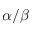
\alpha / \beta